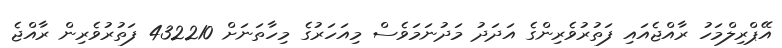
އޭޕްރިލްމަހު ރާއްޖެއައި ފަތުރުވެރިންގެ އަދަދު މަދުނަމަވެސް މިއަހަރުގެ މިހާތަނަށް 432210 ފަތުރުވެރިން ރާއްޖެ